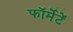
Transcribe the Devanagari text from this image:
फॉर्मेटें